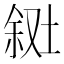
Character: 𪣸